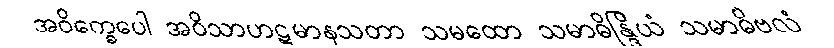
အဝိက္ခေပေါ အဝိသာဟဋမာနသတာ သမထော သမာဓိန္ဒြိယံ သမာဓိဗလံ